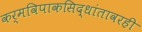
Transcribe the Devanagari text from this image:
कर्मविपाकसिद्धांतावरही